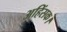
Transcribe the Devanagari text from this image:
अहिंसक।